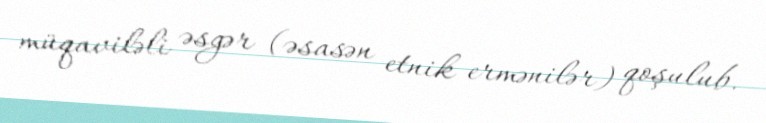
müqaviləli əsgər (əsasən etnik ermənilər) qoşulub.